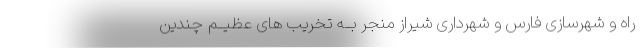
راه و شهرسازی فارس و شهرداری شیراز منجر بــه تخریب های عظیــم چندین